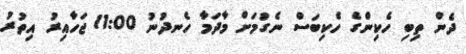
ދެން ތިބި ހެކިންގެ ހެކިބަސް ނެގުމަށް މާދަމާ ހެނދުނު 11:00 ޖަހާއިރު އިތުރު